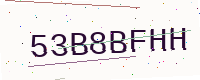
Text: 53B8BFHH